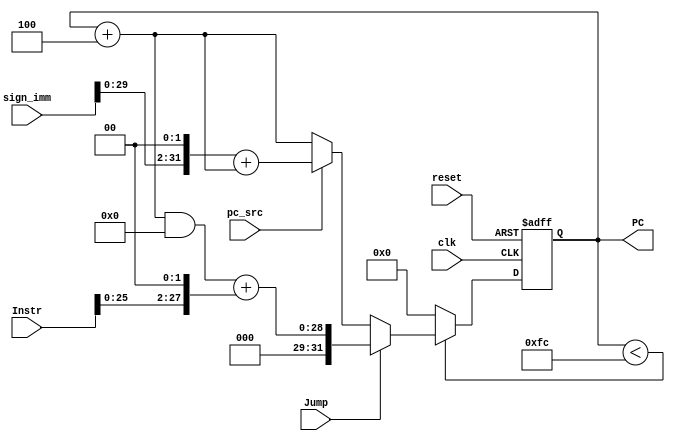
module program_counter #(parameter NUM_BITS_ADDR_BARRAMENTO = 32, parameter NUM_BITS_ADDR_PROG = 8)
(
	input clk, pc_src, reset, Jump,
	input [31:0]Instr,
	input signed [NUM_BITS_ADDR_BARRAMENTO - 1 : 0] sign_imm ,
	output reg [NUM_BITS_ADDR_BARRAMENTO - 1 : 0] PC

);

wire [NUM_BITS_ADDR_BARRAMENTO  - 1 : 0] pc_branch, pc_plus4, PCJump;
wire [NUM_BITS_ADDR_BARRAMENTO  - 1 : 0] PCSrcMux;

assign pc_plus4 = PC + 32'd4;
assign pc_branch = (sign_imm << 2) + pc_plus4; 
//assign PCJump = ((pc_plus4[31:28] << 28) + (Instr[25:0] << 2));
assign PCJump = ((pc_plus4 && 8'hf0000000) + (Instr[25:0] << 2));
assign PCSrcMux = pc_src ? pc_branch : pc_plus4;

always @ (posedge clk, posedge reset)
begin
	if(reset)
		PC <= 32'b0;
	else if (PC < (2**NUM_BITS_ADDR_PROG) - 4)
		begin
			PC <= Jump ? PCJump : PCSrcMux;
		end
	else
		PC <= 32'b0;

end


endmodule